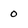
Character: 0